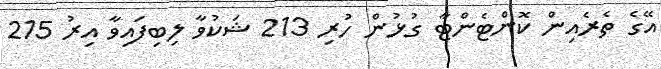
އޭގެ ތެރެއިިން ކޮންޓެންޓާ ގުޅުން ހުރި 213 ޝަކުވާ ލިބިފައިވާ އިރު 215